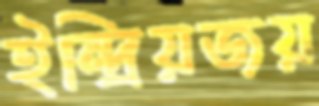
ইন্দ্রিয়জয়